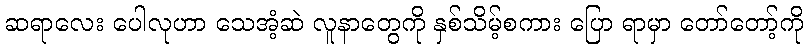
ဆရာလေး ပေါလုဟာ သေအံ့ဆဲ လူနာတွေကို နှစ်သိမ့်စကား ပြော ရာမှာ တော်တော့်ကို